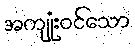
အကျုံးဝင်သော